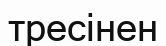
тресінен